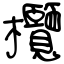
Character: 欖